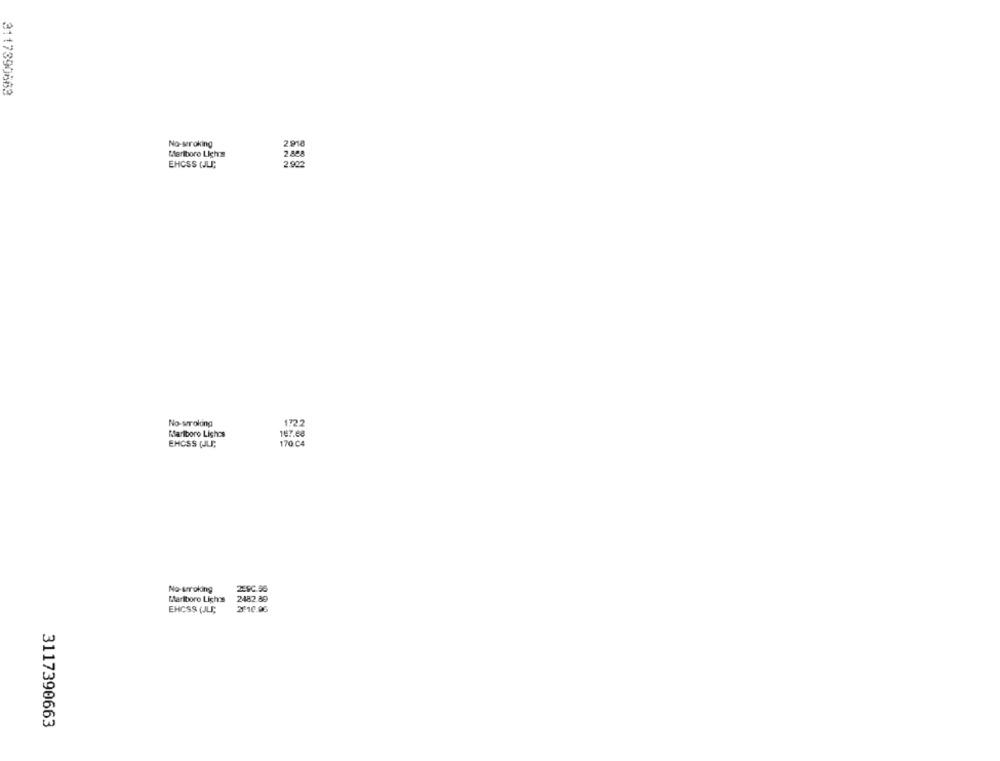
3117390663
No-seraking
2 918
Marlboro Lights
2.888
EHCSS (JLT;
2.902
No-serolong
Marlboro Lights
170 C4
EHCSS (JLT;
No-wrroking
259C 56
Marlboro Lighos
2482.89
EHCSS (JLE;
3.10.00
3117390663